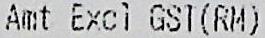
AMT EXCL GST(RM)